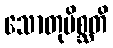
သောတုမိစ္ဆတိ